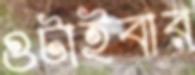
গুটাইবার